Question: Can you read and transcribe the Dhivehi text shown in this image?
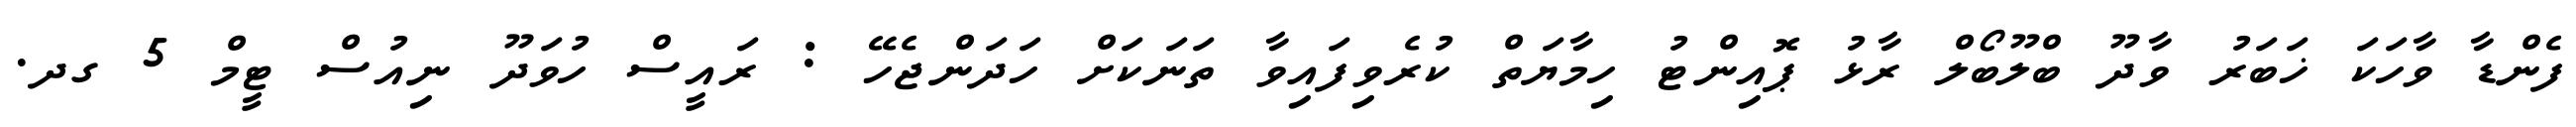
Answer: ފެންޑާ ވާހަކަ ޚަބަރު ވާދޫ ބްލޫބޯލް ރާޅު ޕޮއިންޓު ހިމާޔަތް ކުރެވިފައިވާ ތަނަކަށް ހަދަންޖެހޭ : ރައީސް ހުވަދޫ ނިއުސް ޓީމް 5 ގދ.